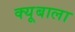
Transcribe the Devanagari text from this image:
क्यूबाला